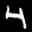
Label: 4